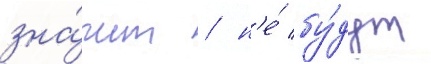
зна́чит / н'е́ бу́дут